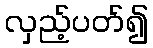
လှည့်ပတ်၍